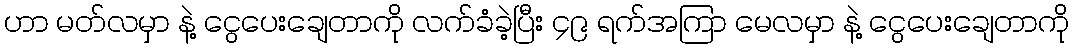
ဟာ မတ်လမှာ နဲ့ ငွေပေးချေတာကို လက်ခံခဲ့ပြီး ၄၉ ရက်အကြာ မေလမှာ နဲ့ ငွေပေးချေတာကို